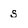
Character: s